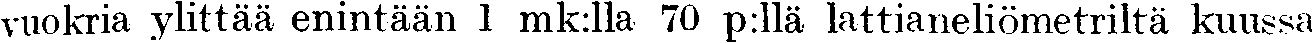
vuokria ylittää enintään 1 mk:lla 70 p:llä lattianeliömetriltä kuussa